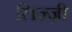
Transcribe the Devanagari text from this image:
लिज़्ज़ी